Indian journal of veterinary science and animal husbandry - Volume 5,
Year: 1935
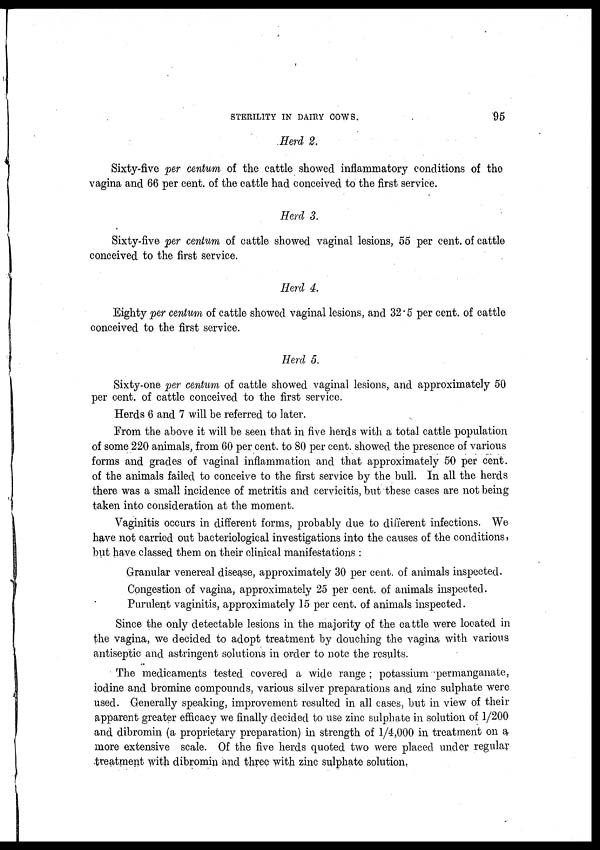
STERILITY IN DAIRY COWS.
95
Herd 2.
Sixty-five per centum of the cattle showed inflammatory conditions of the
vagina and 66 per cent. of the cattle had conceived to the first service.
Herd 3.
Sixty-five per centum of cattle showed vaginal lesions, 55 per cent. of cattle
conceived to the first service.
Herd 4.
Eighty per centum of cattle showed vaginal lesions, and 32 .5 per cent. of cattle
conceived to the first service.
Herd 5.
Sixty-one per centum of cattle showed vaginal lesions, and approximately 50
per cent. of cattle conceived to the first service.
Herds 6 and 7 will be referred to later.
From the above it will be seen that in five herds with a total cattle population
of some 220 animals, from 60 per cent. to 80 per cent. showed the presence of various
forms and grades of vaginal inflammation and that approximately 50 per cent.
of the animals failed to conceive to the first service by the bull. In all the herds
there was a small incidence of metritis and cervicitis, but these cases are not being
taken into consideration at the moment.
Vaginitis occurs in different forms, probably due to different infections. We
have not carried out bacteriological investigations into the causes of the conditions,
but have classed them on their clinical manifestations :
Granular venereal disease, approximately 30 per cent. of animals inspected.
Congestion of vagina, approximately 25 per cent. of animals inspected.
Purulent vaginitis, approximately 15 per cent. of animals inspected.
Since the only detectable lesions in the majority of the cattle were located in
the vagina, we decided to adopt treatment by douching the vagina with various
antiseptic and astringent solutions in order to note the results.
The medicaments tested covered a wide range; potassium permanganate,
iodine and bromine compounds, various silver preparations and zinc sulphate were
used. Generally speaking, improvement resulted in all cases, but in view of their
apparent greater efficacy we finally decided to use zinc sulphate in solution of 1/200
and dibromin (a proprietary preparation) in strength of 1/4,000 in treatment on a
more extensive scale. Of the five herds quoted two were placed under regular
treatment with dibromin and three with zinc sulphate solution.